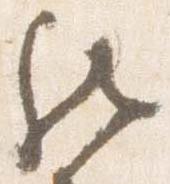
然